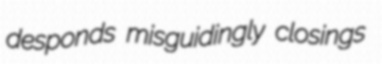
desponds misguidingly closings